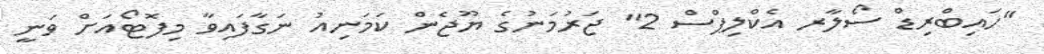
"ހައިބްރިޑް ސޯލާރ އެކްލިޕްސް 2" ޖަރުމަނުގެ ޔޫޖެން ކަމަނިއު ނަގާފައިވާ މިފޮޓޯއަށް ވަނީ